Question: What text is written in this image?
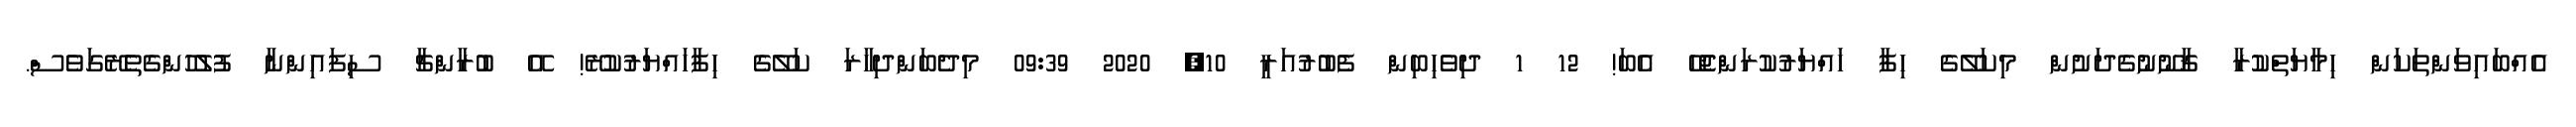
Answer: އެއްބައިވަންތަކަން ހިމާޔަތްކުރާ ޤާނޫނުގެދަށުން މިކަލޭގެ ހިފާ ހައްޔަރުކުރަންޖެހޭ އެބަ! 12 1 ދިވެހިބިން ފެބުރުއަރީ 10, 2020 09:39 މިދެބަންދިހާރަ ކަލޭގެ ހިފާހައްޔަރުކުރޭ! އޭ ބުރާންޗާ ސިފައިންނާ ފުލުހުންގެތެރޭގަވެސް.